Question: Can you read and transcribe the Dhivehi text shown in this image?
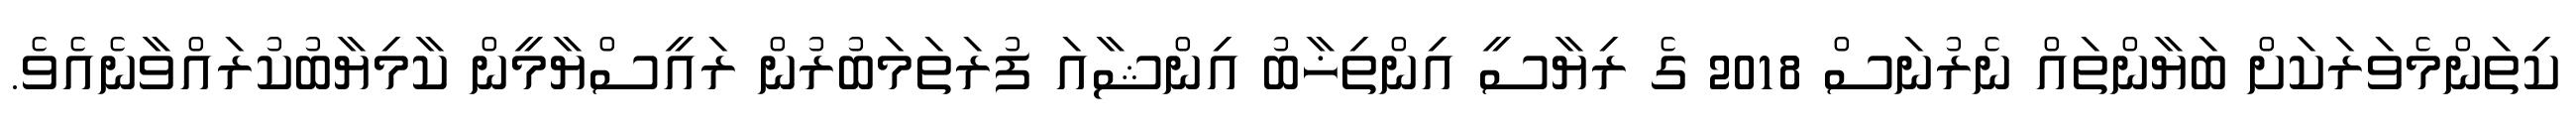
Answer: ކިތަންމެވަރަކަށް ބަޔާންތައް ނެރުނަސް 2018 ގެ ރިޔާސީ އިންތިޚާބު އިންޝާއަ ފުރަތަމަބުރުން ރައީސްޔާމީން ކާމިޔާބުކުރައްވާނެއެވެ.